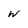
Character: W